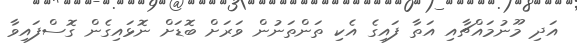
އަދި މޫނުމައްޗާއި އަތާ ފައިގެ އެކި ތަންތަނުން ވަރަށް ބޮޑަށް ނޮޅައިގެން ގޮސްފައިވާ